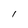
Character: l